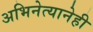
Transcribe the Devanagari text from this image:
अभिनेत्यानेही